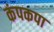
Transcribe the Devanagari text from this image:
कंपकपा